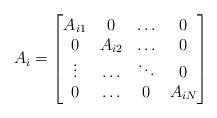
LaTeX: \begin{align*}A_i = \begin{bmatrix}A_{i1} & 0 & \hdots & 0 \\0 & A_{i2} & \hdots & 0\\\vdots & \hdots & \ddots & 0 \\0 & \ldots & 0 & A_{iN} \\\end{bmatrix}\end{align*}